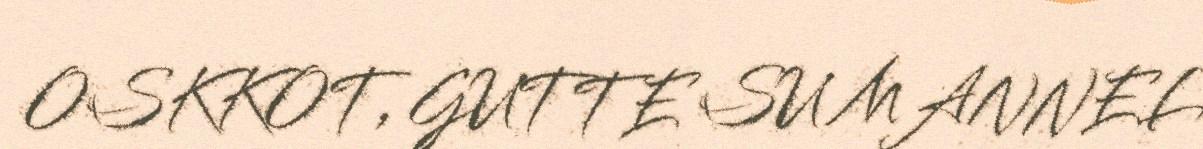
OSKKOT, GUTTE SU MANNEL